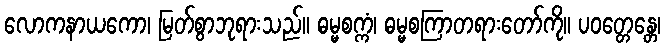
လောကနာယကော၊ မြတ်စွာဘုရားသည်။ ဓမ္မစက္ကံ၊ ဓမ္မစကြာတရားတော်ကို။ ပဝတ္တေန္တေ၊